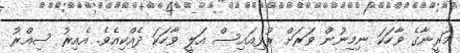
މަރީނާގެ ވާހަކަ ނިމިނުން ވަރަށް ރުޅިއައިސް އަލީ ވާހަކަ ދެއްކިއެވެ. އެއިރު ސިއްރު